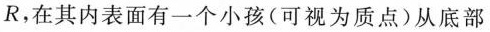
R，在其内表面有一个小孩(可视为质点)从底部